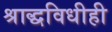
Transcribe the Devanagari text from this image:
श्राद्धविधीही